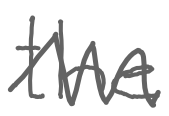
Text: the
Cross-out: zig-zag
Writing tool: digital_gray